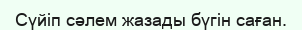
Сүйіп сәлем жазады бүгін саған.